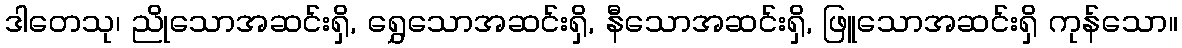
ဒါတေသု၊ ညိုသောအဆင်းရှိ, ရွှေသောအဆင်းရှိ, နီသောအဆင်းရှိ, ဖြူသောအဆင်းရှိ ကုန်သော။